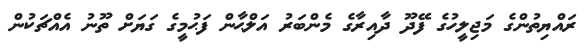
ރައްޔިތުންގެ މަޖިލީހުގެ ފޭދޫ ދާއިރާގެ މެންބަރު އަލްޙާން ފަޙުމީގެ ގަޔަށް ތޫނު އެއްޗަކުން